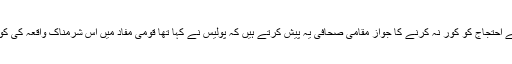
متاثرہ خاندانوں کے احتجاج کو کور نہ کرنے کا جواز مقامی صحافی یہ پیش کرتے ہیں کہ پولیس نے کہا تھا قومی مفاد میں اس شرمناک واقعہ کی کوریج نہ کی جائے۔